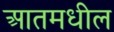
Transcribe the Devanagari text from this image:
आतमधील